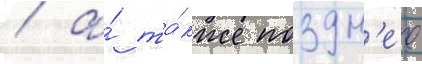
/ а́ та́кже поздн'ее